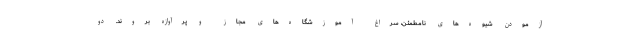
آزمودن شیوه‌های نامطمئن، سراغ آموزشگاه‌های مجاز و پرآوازه بروند. دو